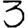
Digit: 3